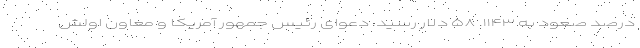
درصد صعود به ۱۱۴۳. ۵۸ دلار رسید. دعوای رئیس جمهور آمریکا و معاون اولش